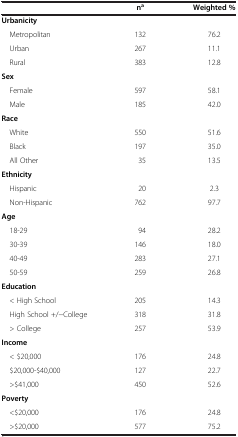
|  | na | Weighted % |
 | --- | --- | --- |
 | Urbanicity |  |  |
 | Metropolitan | 132 | 76.2 |
 | Urban | 267 | 11.1 |
 | Rural | 383 | 12.8 |
 | Sex |  |  |
 | Female | 597 | 58.1 |
 | Male | 185 | 42.0 |
 | Race |  |  |
 | White | 550 | 51.6 |
 | Black | 197 | 35.0 |
 | All Other | 35 | 13.5 |
 | Ethnicity |  |  |
 | Hispanic | 20 | 2.3 |
 | Non-Hispanic | 762 | 97.7 |
 | Age |  |  |
 | 18-29 | 94 | 28.2 |
 | 30-39 | 146 | 18.0 |
 | 40-49 | 283 | 27.1 |
 | 50-59 | 259 | 26.8 |
 | Education |  |  |
 | < High School | 205 | 14.3 |
 | High School +/−College | 318 | 31.8 |
 | > College | 257 | 53.9 |
 | Income |  |  |
 | < $20,000 | 176 | 24.8 |
 | $20,000-$40,000 | 127 | 22.7 |
 | >$41,000 | 450 | 52.6 |
 | Poverty |  |  |
 | <$20,000 | 176 | 24.8 |
 | >$20,000 | 577 | 75.2 |